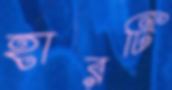
হারটি